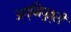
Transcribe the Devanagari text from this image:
अग्निपुत्री